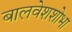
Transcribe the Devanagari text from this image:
बालवेशशोभा